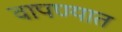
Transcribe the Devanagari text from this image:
वापण्यात